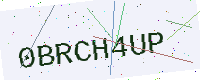
Text: 0BRCH4UP